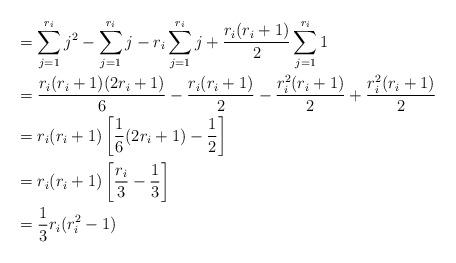
LaTeX: \begin{align*} &=\sum_{j=1}^{r_i} j^2- \sum_{j=1}^{r_i} j-r_i \sum_{j=1}^{r_i} j+\frac{r_i(r_i+1)}{2} \sum_{j=1}^{r_i} 1\\ &=\frac{r_i(r_i+1)(2r_i+1)}{6}-\frac{r_i(r_i+1)}{2}-\frac{r^2_i(r_i+1)}{2}+\frac{r^2_i(r_i+1)}{2} \\ &=r_i(r_i+1)\left[ \frac{1}{6}(2r_i+1)-\frac{1}{2}\right]\\ &=r_i(r_i+1)\left[ \frac{r_i}{3}-\frac{1}{3}\right]\\ &=\frac{1}{3}r_i(r^2_i-1) \end{align*}